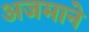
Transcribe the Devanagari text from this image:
अजमाने